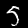
Digit: 5